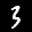
Label: 3